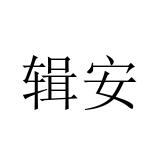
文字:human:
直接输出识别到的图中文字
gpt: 辑安